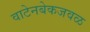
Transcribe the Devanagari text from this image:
वाटेनबेकजवळ